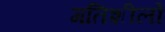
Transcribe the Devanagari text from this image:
गतिशीलों